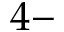
4 -